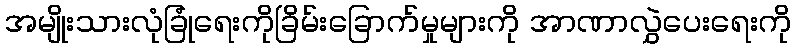
အမျိုးသားလုံခြုံရေးကိုခြိမ်းခြောက်မှုများကို အာဏာလွှဲပေးရေးကို